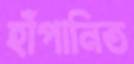
হাঁপানিত